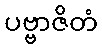
ပဗ္ဗာဇိတံ